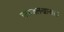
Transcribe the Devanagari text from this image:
अफजलखानाला